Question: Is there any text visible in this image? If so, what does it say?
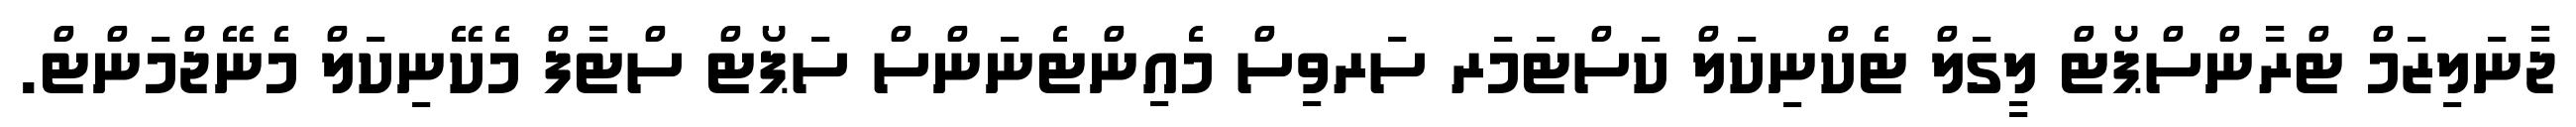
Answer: ޖާނަލިޒަމް ޓްރާންސްޕޯޓް ލީގަލް ޓެކްނިކަލް ކަސްޓަމަރ ސަރވިސް މެއިންޓެނަންސް ސަޕޯޓް ސްޓާފް މެކޭނިކަލް މެނޭޖްމަންޓް.